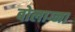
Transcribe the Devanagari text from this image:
बोलाग्ना